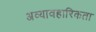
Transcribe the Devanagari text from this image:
अव्यावहारिकता